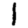
Digit: 1